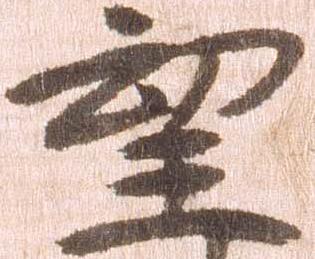
望